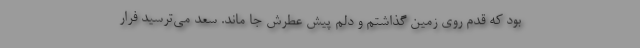
بود که قدم روی زمین گذاشتم و دلم پیش عطرش جا ماند. سعد می‌ترسید فرار